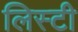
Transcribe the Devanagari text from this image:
लिस्टी